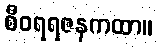
စီဝရရဇနကထာ။